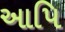
આપિ